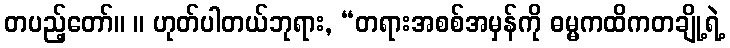
တပည့်တော်။ ။ ဟုတ်ပါတယ်ဘုရား, “တရားအစစ်အမှန်ကို ဓမ္မကထိကတချို့ရဲ့